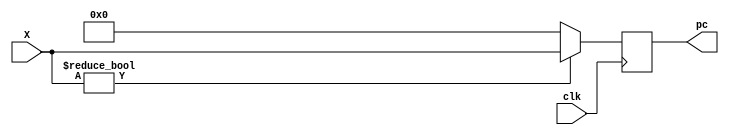
`timescale 1ns/1ns

module pc(
	input [31:0] X,
	input clk,
    output reg [31:0] pc
);

//reg [3:0] pc;
initial
    pc = 32'b0;

always@(posedge clk)
    begin
        if(X)
    	pc = X;
        else begin
                      pc = 0;
                  end          
    end
endmodule